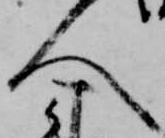
人